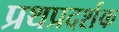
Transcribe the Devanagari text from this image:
प्रथप्रदर्शक